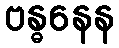
ဗန္ဓနေန